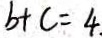
b + c = 4 .